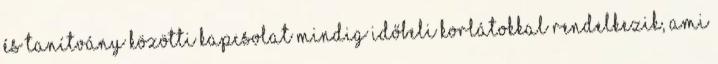
és tanítvány közötti kapcsolat mindig időbeli korlátokkal rendelkezik, ami